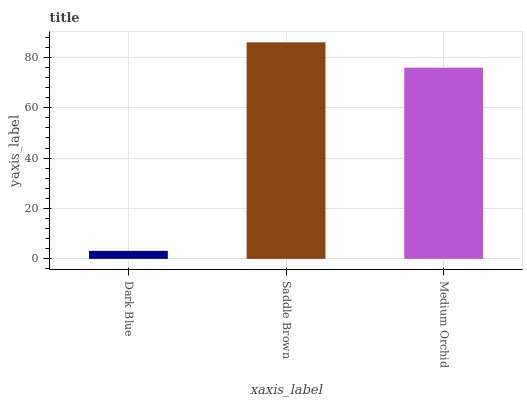
| xaxis_label | bars |
 | --- | --- |
 | Dark Blue | 3.19 |
 | Saddle Brown | 86 |
 | Medium Orchid | 75.9 |